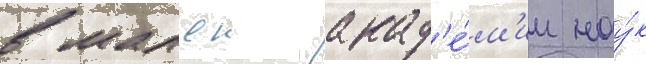
в малои акад'е́м'ии нау́к